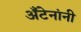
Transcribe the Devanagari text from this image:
अँटेनांनी